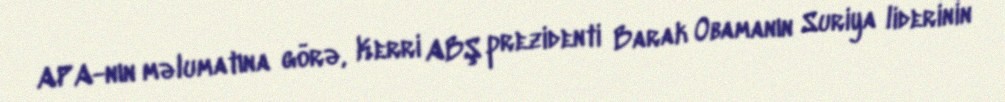
APA-nın məlumatına görə, Kerri ABŞ prezidenti Barak Obamanın Suriya liderinin